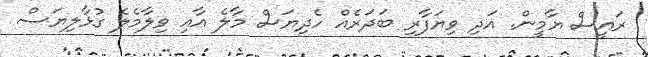
ރައީސް ޔާމީން. އަދި ވިޔަފާރި ބަދަރެއް ހެދިޔަސް މާލެ އާއި ވިލާމެލެ ގުޅާލިޔަސް